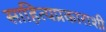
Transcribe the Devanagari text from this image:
साहित्यप्रकाराशी